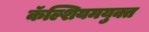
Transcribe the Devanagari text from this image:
कॅल्शियमयुक्त